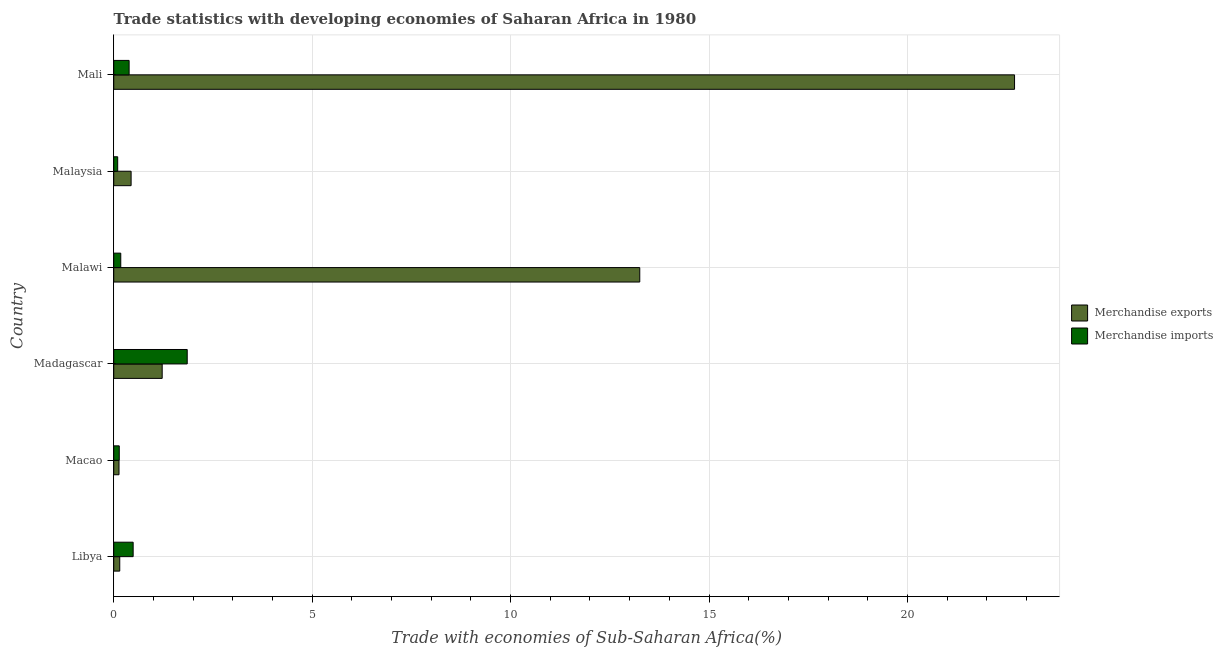
| Country | Merchandise exports | Merchandise imports |
 | --- | --- | --- |
 | Libya | 0.151 | 0.489 |
 | Macao | 0.133 | 0.139 |
 | Madagascar | 1.22 | 1.85 |
 | Malawi | 13.3 | 0.177 |
 | Malaysia | 0.438 | 0.0993 |
 | Mali | 22.7 | 0.388 |